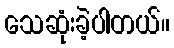
သေဆုံးခဲ့ပါတယ်။